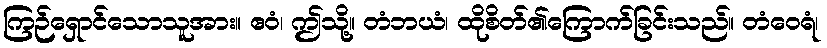
ကြဉ်ရှောင်သောသူအား။ ဧဝံ၊ ဤသို့။ တံဘယံ၊ ထိုစိတ်၏ကြောက်ခြင်းသည်။ တံဝေရံ၊